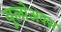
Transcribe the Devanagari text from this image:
यूलोअक्स